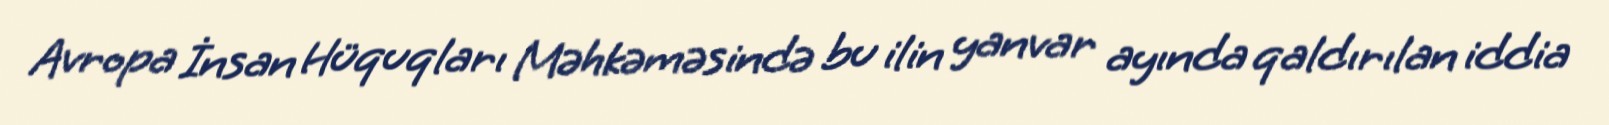
Avropa İnsan Hüquqları Məhkəməsində bu ilin yanvar ayında qaldırılan iddia